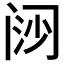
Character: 𬮪